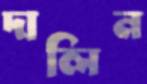
দালিন